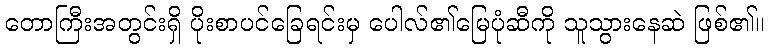
တောကြီးအတွင်းရှိ ပိုးစာပင်ခြေရင်းမှ ပေါလ်၏မြေပုံဆီကို သူသွားနေဆဲ ဖြစ်၏။